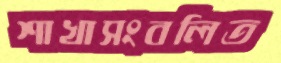
শাখাসংবলিত